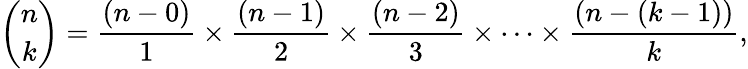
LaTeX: {\binom{n}{k}}={\frac{(n-0)}{1}}\times{\frac{(n-1)}{2}}\times{\frac{(n-2)}{3}}\times\cdots\times{\frac{(n-(k-1))}{k}},